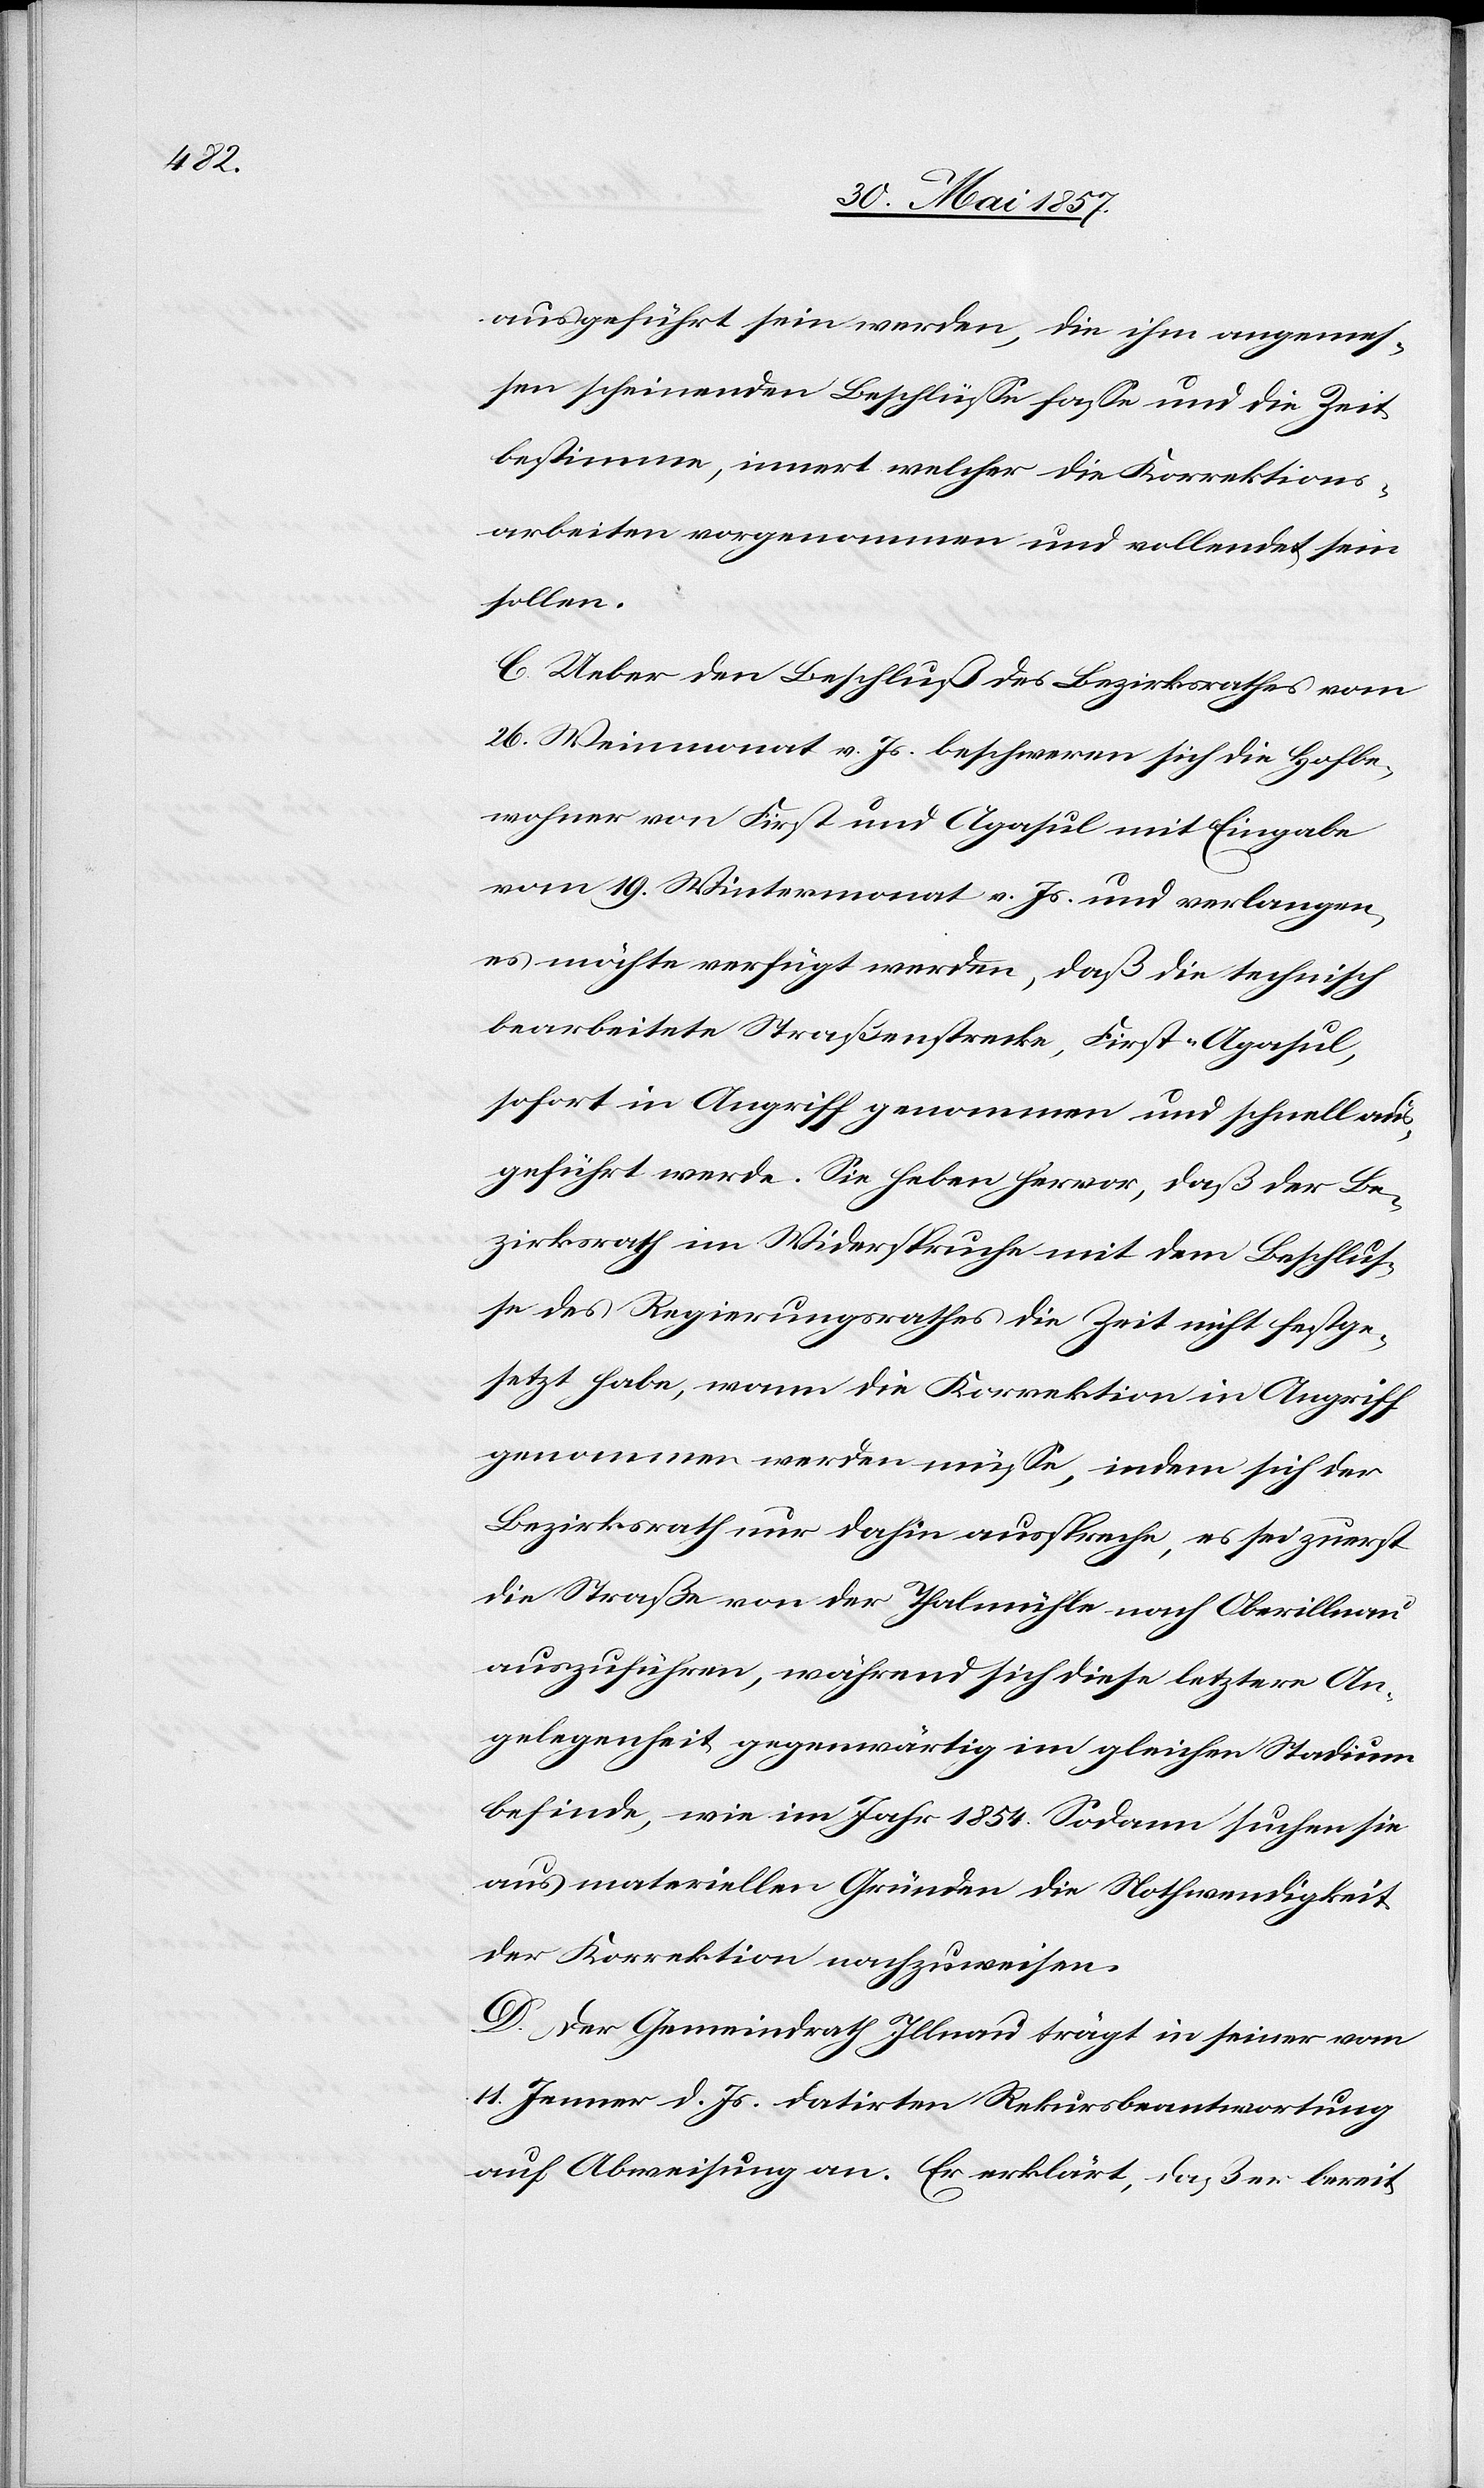
ausgeführt sein werden, die ihm angemes¬
sen scheinenden Beschlüsse fasse und die Zeit
bestimme, innert welcher die Korrektions¬
arbeiten vorgenommen und vollendet sein
sollen.
C. Ueber den Beschluß des Bezirksrathes vom
26 Weinmonat v. Js. beschweren sich die Hofbe¬
wohner von First und Agasul mit Eingabe
vom 19 Wintermonat v. Js. und verlangen
es möchte verfügt werden, daß die technisch
bearbeitete Straßenstrecke, First-Agasul,
sofort in Angriff genommen und schnell aus¬
geführt werde. Sie heben hervor, daß der Be¬
zirksrath im Widerspruche mit dem Beschlus¬
se des Regierungsrathes die Zeit nicht festge¬
setzt habe, wann die Korrektion in Angriff
genommen werden müsse, indem sich der
Bezirksrath nur dahin ausspreche, es sei zuerst
die Straße von der Thalmühle nach Oberillnau
auszuführen, während sich diese letztere An¬
gelegenheit gegenwärtig im gleichen Stadium
befinde, wie im Jahr 1854. Sodann suchen sie
aus materiellen Gründen die Nothwendigkeit
der Korrektion nachzuweisen.
D. Der Gemeindrath Illnau trägt in seiner vom
11 Jenner d. Js. datirten Rekursbeantwortung
auf Abweisung an. Er erklärt, daß er bereit